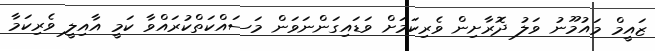
ޒައީމް މައުމޫނު ވަލު ދޮރާށިން ވެރިކަމަށް ވަޑައިގަންނަވަން މަސައްކަތްކުރައްވާ ކަމީ އާއިލީ ވެރިކަމާ